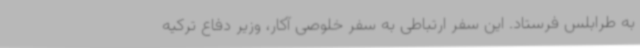
به طرابلس فرستاد. این سفر ارتباطی به سفر خلوصی آکار، وزیر دفاع ترکیه